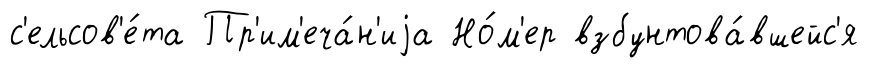
с'ельсов'е́та Пр'им'еча́н'иjа Но́м'ер взбунтова́вшейс'я